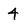
Character: 4